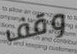
وقف